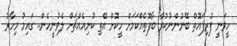
ހީވަނީ ފުރިފައޮތް ބޭނުންނުކުރާ ބާފޮތެއްކަމަށް ހީކޮށް އޭތި ކުނިއެއްޗަށް ލެވުނީހެން.. ގައިމު މިހާރު